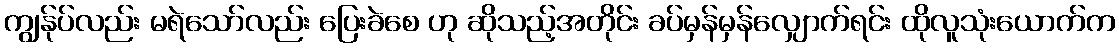
ကျွန်ုပ်လည်း မရဲသော်လည်း ပြေးခဲစေ ဟု ဆိုသည့်အတိုင်း ခပ်မှန်မှန်လျှောက်ရင်း ထိုလူသုံးယောက်က